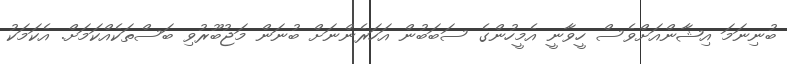
ބުނިނަމަ އިޝާންއަށްވެސް ހީވާނީ އެމީހުންގެ ސަބަބުން އަހަރެންނަށް ބުނަން މަޖުބޫރުވި ބަސްތަކެއްކަމަށް. އެކަމަކު